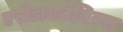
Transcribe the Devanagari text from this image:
एरोडायनेमिक्स